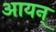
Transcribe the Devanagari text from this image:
आयन्